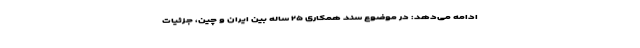
ادامه می‌دهد: در موضوع سند همکاری ۲۵ ساله بین ایران و چین، جزئیات